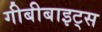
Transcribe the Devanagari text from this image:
गीबीबाइट्स